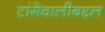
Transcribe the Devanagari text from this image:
टांगेवालीबद्दल